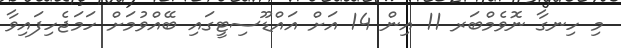
މި ހިނގާ ނޮވެމްބަރ 11 އިން 14 އަށް އައްޑޫސިޓީގައި ބޭއްވުމަށް ހަމަޖެހިފައިވާ